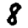
Digit: 8